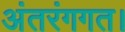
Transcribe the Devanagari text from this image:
अंतरंगगत।